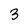
Character: 3